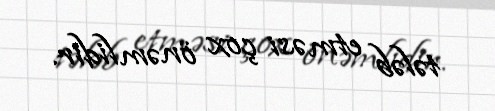
tələb etməsi çox önəmlidir.